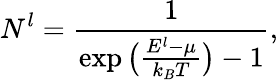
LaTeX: N_{}^{l}=\frac{1}{\exp\big(\frac{E^{l}-\mu}{k_{B}T}\big)-1},